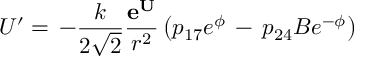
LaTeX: U ^ { \prime } = \, - \frac { k } { 2 \sqrt { 2 } } \frac { { \bf e ^ { U } } } { r ^ { 2 } } \left( p _ { 1 7 } e ^ { \phi } \, - \, p _ { 2 4 } B e ^ { - \phi } \right)